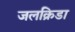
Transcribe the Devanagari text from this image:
जलक्रिडा